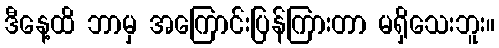
ဒီနေ့ထိ ဘာမှ အကြောင်းပြန်ကြားတာ မရှိသေးဘူး။